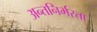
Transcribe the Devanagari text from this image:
अन्तनिर्भरता